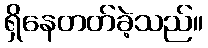
ရှိနေတတ်ခဲ့သည်။